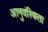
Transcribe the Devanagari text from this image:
आनुवंश्किता